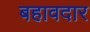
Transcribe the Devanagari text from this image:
बहावदार